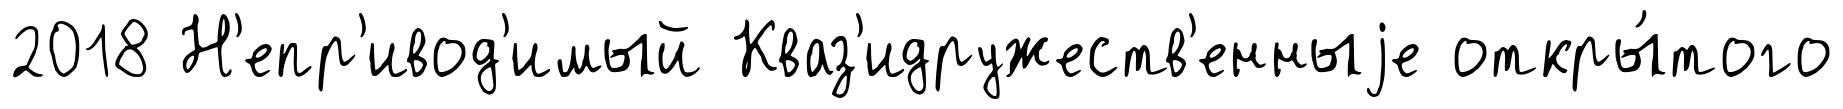
2018 Н'епр'ивод'имый Кваз'идружеств'енныjе откры́того